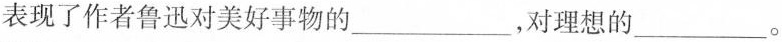
表现了作者鲁迅对美好事物的___，对理想的___。